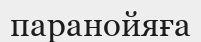
паранойяға